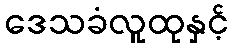
ဒေသခံလူထုနှင့်